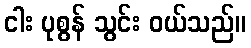
ငါး ပုစွန် သွင်း ဝယ်သည်။